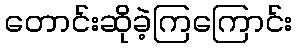
တောင်းဆိုခဲ့ကြကြောင်း